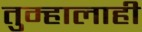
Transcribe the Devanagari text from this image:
तुम्हालाही